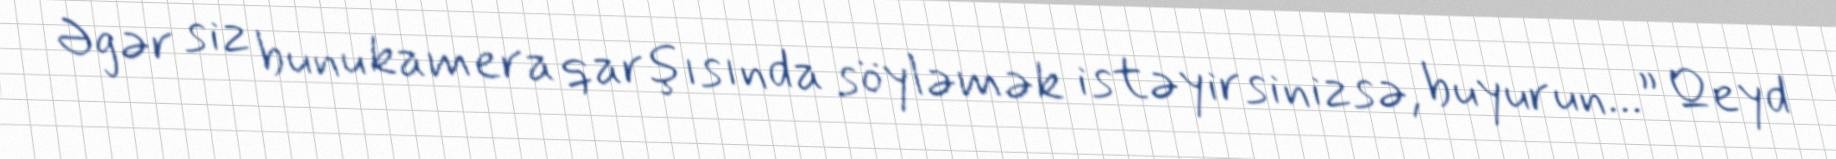
Əgər siz bunu kamera qarşısında söyləmək istəyirsinizsə, buyurun...” Qeyd